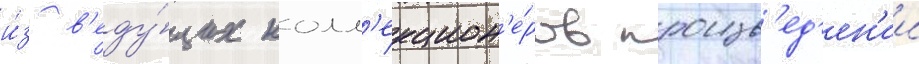
и́з в'еду́щих колл'екцион'е́ров произв'ед'ен'ии